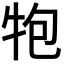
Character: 𭷝